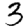
Digit: 3